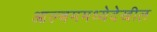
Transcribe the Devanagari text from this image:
आल्बममध्येदेखील